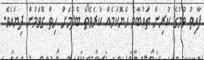
ފާއިތު ވުމުގެ ކުރިން ތަޢުބާވެ ހެޔޮކަމެއް ކުރެވޭތޯ ބެލުމަށް ހިތް ގޮވަމުން ދިޔައެވެ.